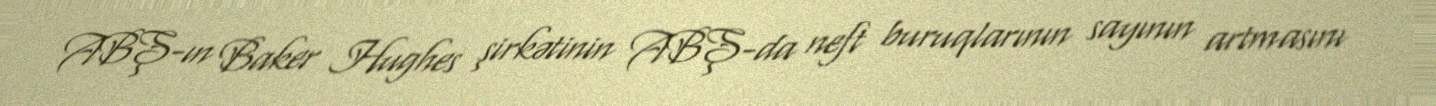
ABŞ-ın Baker Hughes şirkətinin ABŞ-da neft buruqlarının sayının artmasını